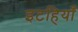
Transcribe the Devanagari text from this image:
इटहियाँ